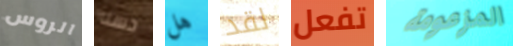
الروس حسنا هل لقد تفعل المزعومة